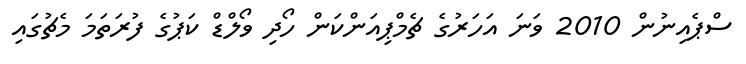
ސްޕެއިނުން 2010 ވަނަ އަހަރުގެ ޗެމްޕިއަންކަން ހޯދި ވޯލްޑް ކަޕުގެ ފުރަތަމަ މެޗުގައި